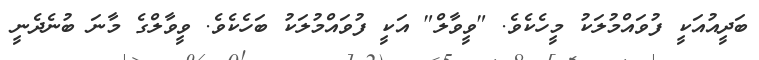
ބަދީއުއަކީ ފުވައްމުލަކު މީހެކެވެ. "ވީވާލް" އަކީ ފުވައްމުލަކު ބަހެކެވެ. ވީވާލްގެ މާނަ ބުނެދެނީ